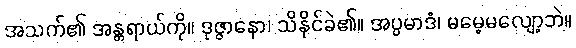
အသက်၏ အန္တရာယ်ကို။ ဒုဇ္ဇာနော၊ သိနိုင်ခဲ၏။ အပ္ပမာဒံ၊ မမေ့မလျော့ဘဲ။